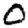
Digit: 0